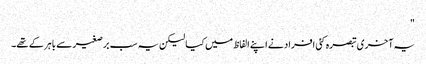
"
یہ آخری تبصرہ کئی افراد نے اپنے الفاظ میں کیا لیکن یہ سب برصغیر سے باہر کے تھے۔